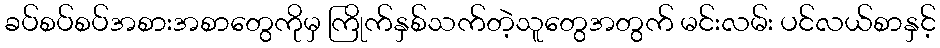
ခပ်စပ်စပ်အစားအစာတွေကိုမှ ကြိုက်နှစ်သက်တဲ့သူတွေအတွက် မင်းလမ်း ပင်လယ်စာနှင့်